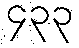
၄၃၃